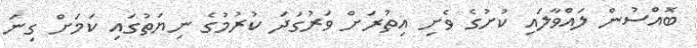
ބޮއްސުން ލައްވާލައި ކުށުގެ ވެށި އިތުރަށް ވަރުގަދަ ކުރުމުގެ ނިޔަތުގައި ކަމަށް ގިނަ